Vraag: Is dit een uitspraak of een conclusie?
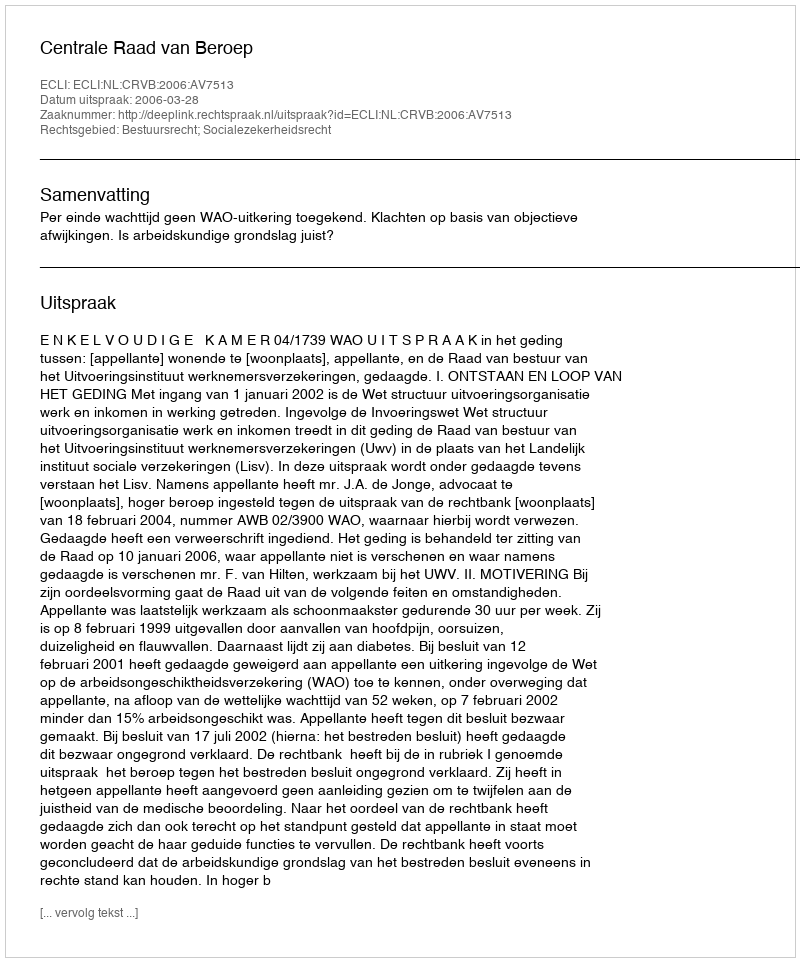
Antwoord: Uitspraak